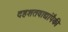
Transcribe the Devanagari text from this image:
दहशतवाद्यांपैकी